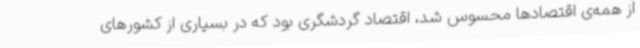
از همه‌ی اقتصادها محسوس شد، اقتصاد گردشگری بود که در بسیاری از کشورهای